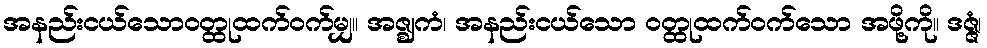
အနည်းငယ်သောဝတ္ထုထက်ဝက်မျှ။ အဇ္ဈကံ၊ အနည်းငယ်သော ဝတ္ထုထက်ဝက်သော အဖို့ကို။ ဒဇ္ဇံ၊